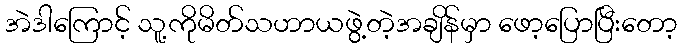
အဲဒါကြောင့် သူ့ကိုမိတ်သဟာယဖွဲ့တဲ့အချိန်မှာ ဖော့ပြောပြီးတော့